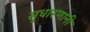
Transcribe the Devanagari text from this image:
सुधारणांनी